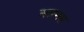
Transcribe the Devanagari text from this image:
असमस